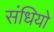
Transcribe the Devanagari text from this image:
संधियो